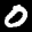
Label: 0